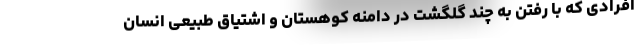
افرادی که با رفتن به چند گلگشت در دامنه کوهستان و اشتیاق طبیعی انسان